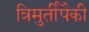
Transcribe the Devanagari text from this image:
त्रिमुर्तींपैकी